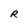
Character: R